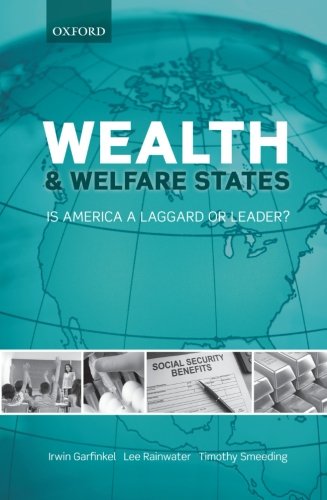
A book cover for Wealth and Welfare States: Is America a Laggard or Leader?; Irwin Garfinkel; Business & Money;